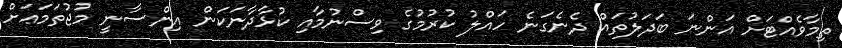
ތިމާވެއްޓަށް އަންނަ ބަދަލުތައް ދެނެގަނެ ހައްލު ކުރުމުގެ ވިސްނުމާއި ކުޅާދާނަކަން އިންސާނީ މުޖުތަަމަޢަށް